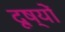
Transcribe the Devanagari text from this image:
दूष्यों